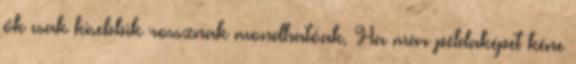
ők csak kisebbik rossznak mondhatóak. Ha már példaképet kéne